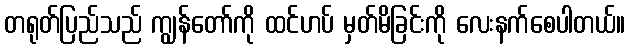
တရုတ်ပြည်သည် ကျွန်တော်ကို ထင်ဟပ် မှတ်မိခြင်းကို လေးနက်စေပါတယ်။